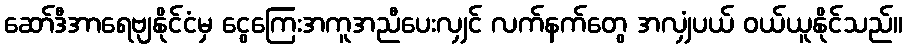
ဆော်ဒီအာရေဗျနိုင်ငံမှ ငွေကြေးအကူအညီပေးလျှင် လက်နက်တွေ အလျှံပယ် ဝယ်ယူနိုင်သည်။